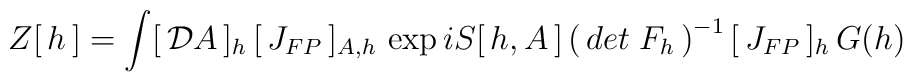
Z[\,h\,]=\int [\,{\cal D}A\,]_h\,[\,J_{FP}\,]_{A,h}\, \exp iS[\,h,A\,]	 \left(\, det\; F_h \, \right)^{-1}[\,J_{FP}\,]_{h}\, G(h)\,